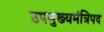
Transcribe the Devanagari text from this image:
उपमुख्यमंत्रिपद